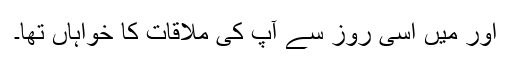
اور میں اسی روز سے آپ کی ملاقات کا خواہاں تھا۔